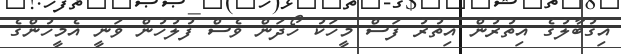
އިގުބާލުގެ އިތުރުން އިތުރު ފަސް މީހަކު ހޯދަން ވެސް ފުލުހުން ވަނީ އެމީހުންގެ